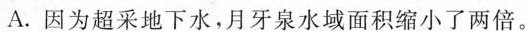
A.因为超采地下水，月牙泉水域面积缩小了两倍。